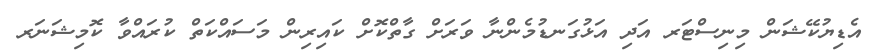
އެޑިޔުކޭޝަން މިނިސްޓަރ އަދި އަޅުގަނޑުމެންނާ ވަރަށް ގާތްކޮށް ކައިރިން މަސައްކަތް ކުރައްވާ ކޮމިޝަނަރ